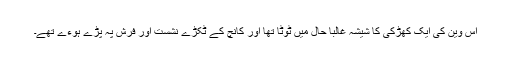
اس وین کی ایک کھڑکی کا شیشہ غالبا حال میں ٹوٹا تھا اور کانچ کے ٹکڑے نشست اور فرش پہ پڑے ہوءے تھے۔